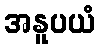
အနူပယံ